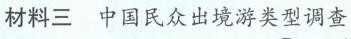
材料三 中国民众出境游类型调查